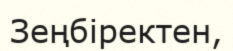
Зеңбіректен,